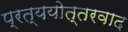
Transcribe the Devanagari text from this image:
प्रत्ययोत्तरवाद